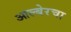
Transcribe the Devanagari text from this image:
आल्बेरचा